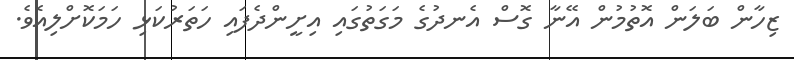
ޒިހާން ބަލަން އޮތުމުން އޭނާ ގޮސް އެނދުގެ މަގަތުގައި އިށީންދެފައި ހަތަރުކަޅި ހަމަކޮށްލިއެވެ.